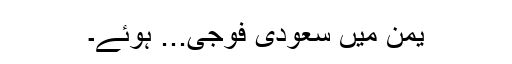
یمن میں سعودی فوجی... ہوئے۔